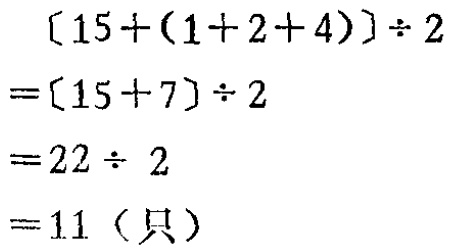
\[
\begin{align*}
[15+(1 + 2 + 4)]\div2&=[15 + 7]\div2\\
&=22\div 2\\
&=11 \text{（只）}
\end{align*}
\]